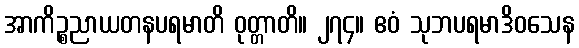
အာကိဉ္စညာယတနပရမာတိ ဝုတ္တာတိ။ ၂၇၄။ ဧဝံ သုဘပရမာဒိဝသေန